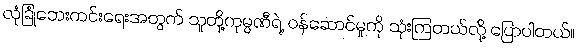
လုံခြုံဘေးကင်းရေးအတွက် သူတို့ကုမ္ပဏီရဲ့ ဝန်ဆောင်မှုကို သုံးကြတယ်လို့ ပြောပါတယ်။